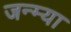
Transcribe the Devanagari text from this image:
जन्म्या